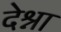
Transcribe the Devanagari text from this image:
देश्ना